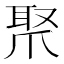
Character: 𤔛